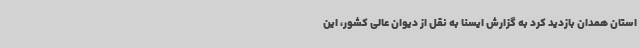
استان همدان بازدید کرد به گزارش ایسنا به نقل از دیوان عالی کشور، این